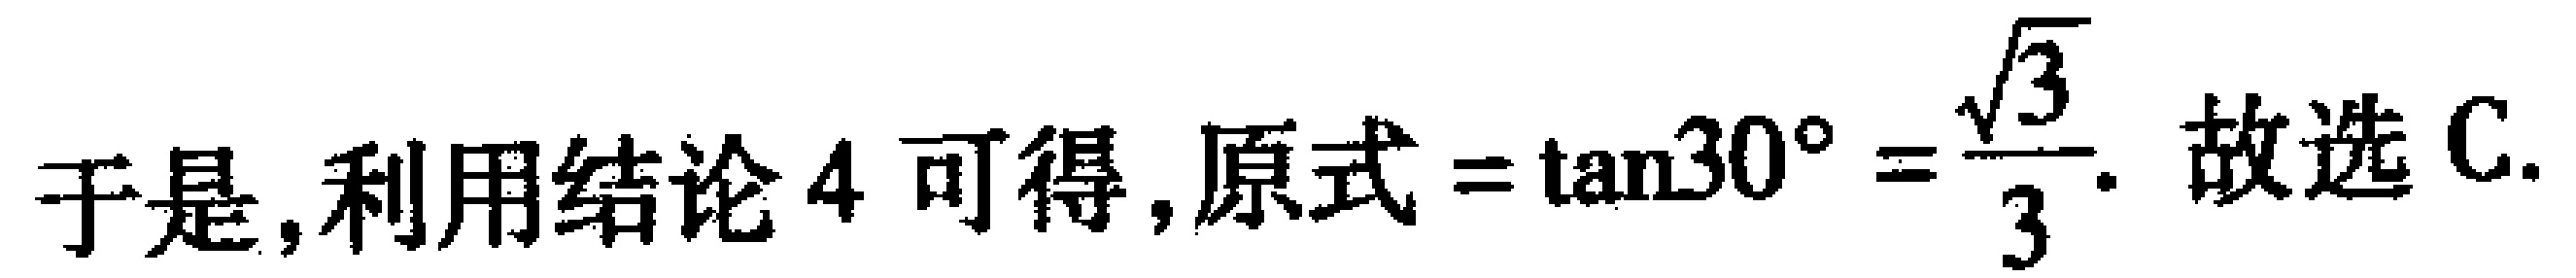
于是, 利用结论 4 可得, 原式$=\tan30^{\circ}=\frac{\sqrt{3}}{3}$. 故选 C.